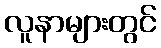
လူနာများတွင်